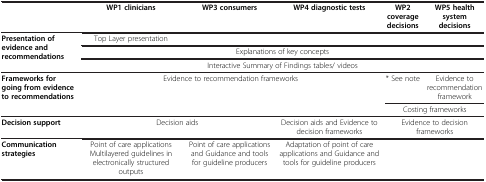
<table><thead><tr><td><b> </b></td><td><b>WP1 clinicians</b></td><td><b>WP3 consumers</b></td><td><b>WP4 diagnostic tests</b></td><td><b>WP2 coverage decisions</b></td><td><b>WP5 health system decisions</b></td></tr></thead><tbody><tr><td rowspan="3"><b>Presentation of evidence and recommendations</b></td><td>Top Layer presentation</td><td colspan="4"> </td></tr><tr><td colspan="5">Explanations of key concepts</td></tr><tr><td colspan="5">Interactive Summary of Findings tables/ videos</td></tr><tr><td rowspan="2"><b>Frameworks for going from evidence to recommendations</b></td><td rowspan="2" colspan="3">Evidence to recommendation frameworks</td><td>* See note</td><td>Evidence to recommendation framework</td></tr><tr><td colspan="2">Costing frameworks</td></tr><tr><td><b>Decision support</b></td><td colspan="2">Decision aids</td><td>Decision aids and Evidence to decision frameworks</td><td colspan="2">Evidence to decision frameworks</td></tr><tr><td><b>Communication strategies</b></td><td>Point of care applications Multilayered guidelines in electronically structured outputs</td><td>Point of care applications and Guidance and tools for guideline producers</td><td>Adaptation of point of care applications and Guidance and tools for guideline producers</td><td colspan="2"> </td></tr></tbody></table>